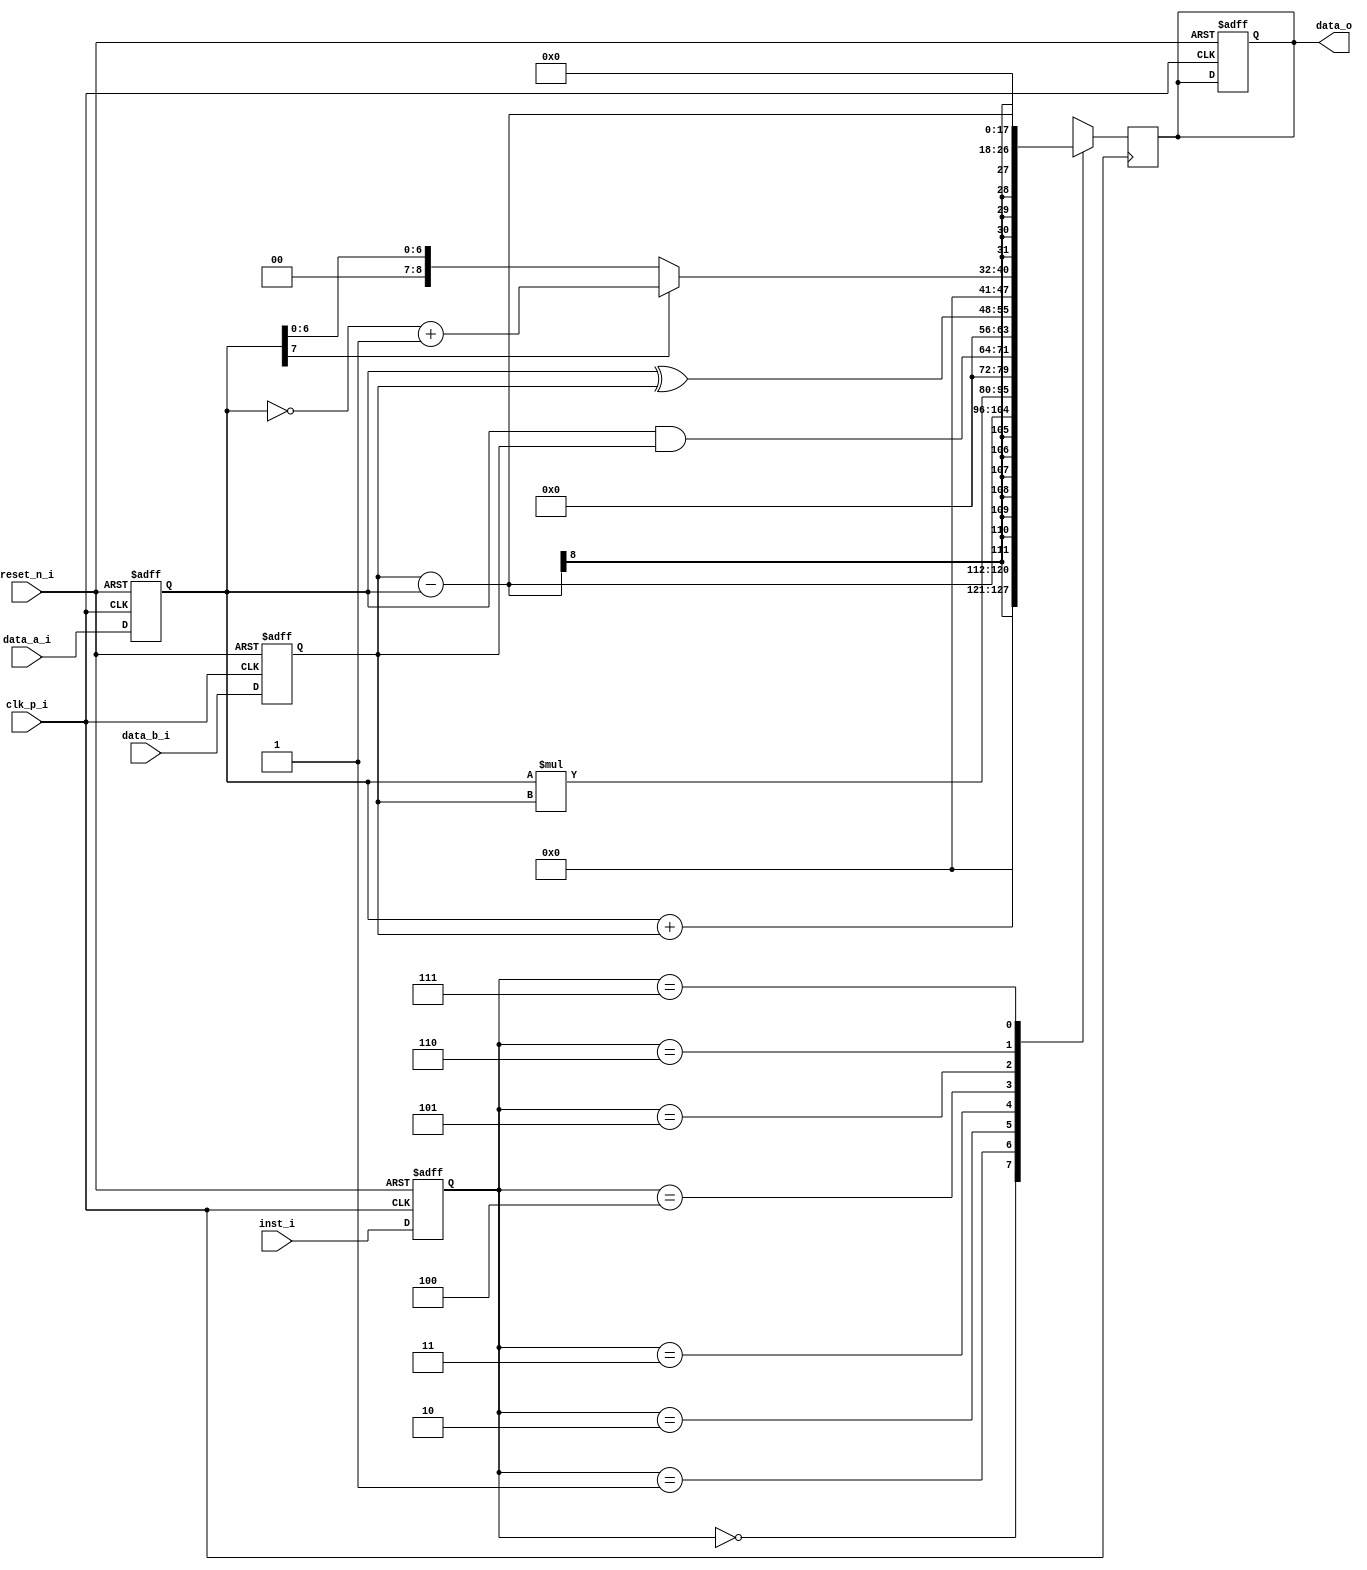
////////////////////////////////////////////////////////////////
//
// Module: HW2_alu.v
//         ee216a@gmail.com
//
// Description:
//      ALU for HW2
//
// Parameters:
//      (List parameters and their descriptions here)
//
// Inputs:
//      (List inputs and their descriptions here)
//
// Outputs:
//      (List outputs and their descriptions here)
//
////////////////////////////////////////////////////////////////

module HW2_alu (
    clk_p_i,
    reset_n_i,
    data_a_i,
    data_b_i,
    inst_i,
    data_o
    );

////////////////////////////////////////////////////////////////
//  Inputs & Outputs
input           clk_p_i;
input           reset_n_i;
input   [7:0]   data_a_i;
input   [7:0]   data_b_i;
input   [2:0]   inst_i;
output  [15:0]  data_o;

////////////////////////////////////////////////////////////////
//  reg & wire declarations
// Output data register
reg     [15 :0]   ALU_out_inst;

// Input instruction register
reg     [2 :0]   Inst_o_r;

// Input data registers
reg     [7:0]   Data_A_o_r;
reg     [7:0]   Data_B_o_r;

// Combinational Logic
assign data_o = ALU_out_inst;

// The output MUX
always @(posedge clk_p_i) begin
    ALU_out_inst = 0;
    case(Inst_o_r)
        3'b000:     ALU_out_inst = Data_A_o_r +  Data_B_o_r;
        3'b001:     ALU_out_inst = Data_B_o_r - Data_A_o_r;
        3'b010:     ALU_out_inst = Data_A_o_r * Data_B_o_r;
        3'b011:     ALU_out_inst = Data_A_o_r & Data_B_o_r;
        3'b100:     ALU_out_inst = Data_A_o_r ^ Data_B_o_r;
        3'b101:     ALU_out_inst = (Data_A_o_r[7] ? {1'b0,~Data_A_o_r} + 1: Data_A_o_r); // If the 8th bit is 1 we consider the value negative. Invert the value and add one to get the positive complement.
        3'b110:     ALU_out_inst = (Data_B_o_r - Data_A_o_r) << 2; // Shifting to the left by 2 is the same as multiply by 4
        3'b111:     ALU_out_inst = 0;
        default:    ALU_out_inst = 0;
    endcase
end

////////////////////////////////////////////////////////////////
//  Registers
always @(posedge clk_p_i or negedge reset_n_i) begin
    if (reset_n_i == 1'b0) begin
        Data_A_o_r  <= 0;
        Data_B_o_r  <= 0;
        ALU_out_inst <= 0;
        Inst_o_r    <= 3'b111;
    end
    else begin
        Data_A_o_r  <= data_a_i;
        Data_B_o_r  <= data_b_i;
        Inst_o_r    <= inst_i;
    end
end

endmodule